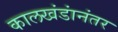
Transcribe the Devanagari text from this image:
कालखंडांनंतर